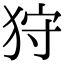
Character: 狩